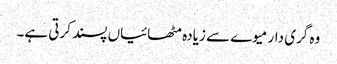
وہ گری دار میوے سے زیادہ مٹھائیاں پسند کرتی ہے۔